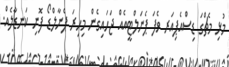
މުޅި މެޗްގަ ޑިސްއެޕިއަރ ވެފަ ޕެނަލްޓީއެއް ޖަހައިގެން މިހިރަ ޕެނާލްޑޯ ފޮނި ކަނޑާލެއް.